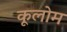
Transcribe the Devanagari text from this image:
कूलोम